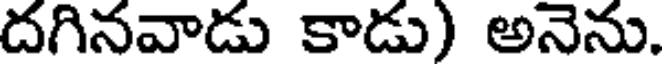
దగినవాడు కాడు) అనెను.